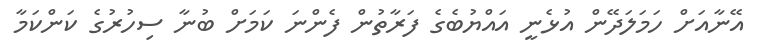
އޭނާއަށް ހަމަލަދޭން އުޅެނީ އައްޔުބެގެ ފަރާތުން ފެންނަ ކަމަށް ބުނާ ސިހުރުގެ ކަންކަމާ